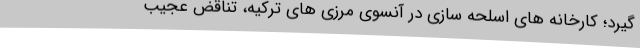
گیرد؛ کارخانه های اسلحه سازی در آنسوی مرزی های ترکیه، تناقض عجیب